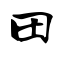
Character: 田